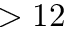
> 1 2